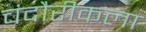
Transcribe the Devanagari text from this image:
चंदौरीकला